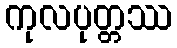
ကုလပုတ္တဿ